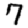
Digit: 7